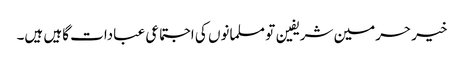
خیر حرمین شریفین تو مسلمانوں کی اجتماعی عبادات گاہیں ہیں۔